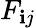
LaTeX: F_{\mathbf{i}j}